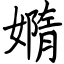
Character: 嫷